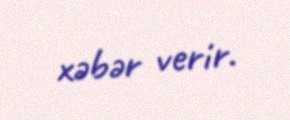
xəbər verir.